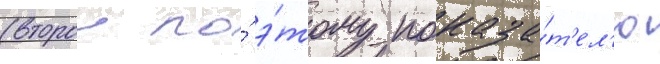
(второи по́ э́тому показа́т'ел'ю